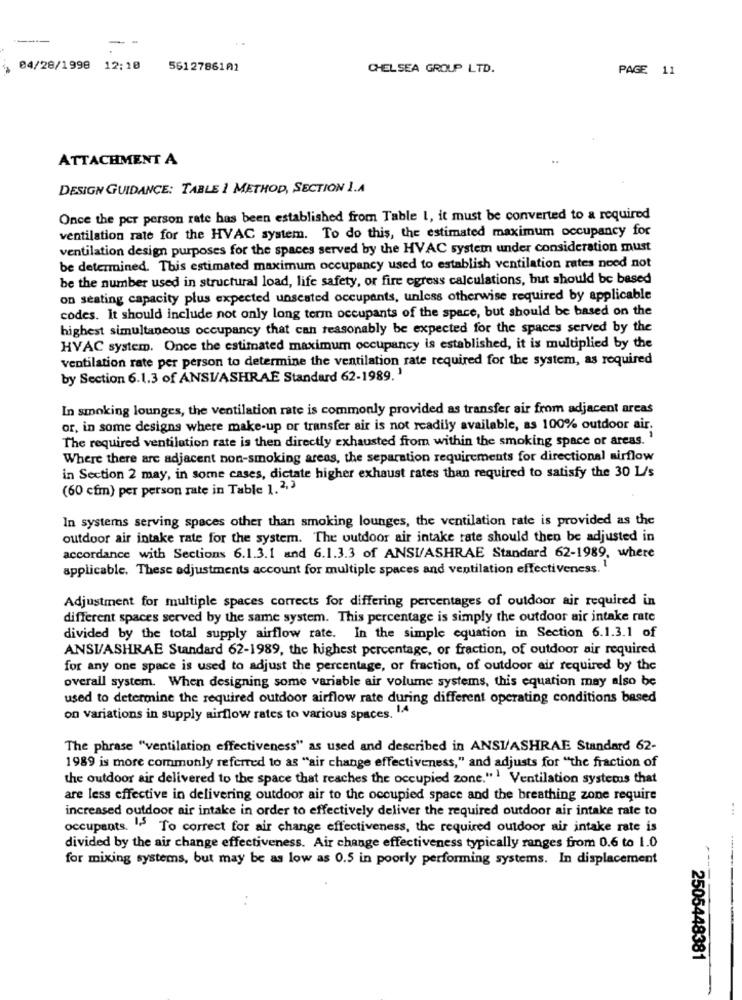
--
04/28/1998
12:10
561 2786102
CHELSEA GROUP LTD.
PAGE 11
ATTACHMENT A
DESIGN GUIDANCE: TABLE 1 METHOD, SECTION I.A
Once the per person rate has been established from Table 1, it must be converted to a required
ventilation rate for the HVAC system. To do this, the estimated maximum occupancy for
ventilation design purposes for the spaces served by the HVAC system under consideration must
be determined. This estimated maximum occupancy used to establish ventilation rates need not
be the number used in structural load, life safety, or fire egress calculations, but should be based
on seating capacity plus expected unseated occupants, unless otherwise required by applicable
codes. It should include not only long term occupants of the space, but should be based on the
highest simultaneous occupancy that can reasonably be expected for the spaces served by the
HVAC system. Once the estimated maximum occupancy is established, it is multiplied by the
ventilation rate per person to determine the ventilation rate required for the system, as required
by Section 6.1.3 of ANSIASHRAE Standard 62-1989. '
In smoking lounges, the ventilation rate is commonly provided as transfer air from adjacent areas
or, in some designs where make-up or transfer air is not readily available, as 100% outdoor air.
The required ventilation rate is then directly exhausted from within the smoking space or areas.'
Where there are adjacent non-smoking areas, the separation requirements for directional airflow
in Section 2 may, in some cases, dictate higher exhaust rates than required to satisfy the 30 L/s
(60 cfm) per person rate in Table 1.2,3
In systems serving spaces other than smoking lounges, the ventilation rate is provided as the
outdoor air intake rate for the system. The outdoor air intake tate should then be adjusted in
accordance with Sections 6.1.3.1 and 6.1.3.3 of ANSUASHRAE Standard 62-1989, where
applicable. These adjustments account for multiple spaces and ventilation effectiveness."
Adjustment for multiple spaces corrects for differing percentages of outdoor air required in
different spaces served by the same system. This percentage is simply the outdoor air intake rate
divided by the total supply airflow rate. In the simple equation in Section 6.1.3.1 of
ANSUASHRAE Standard 62-1989, the highest percentage, or fraction, of outdoor air required
for any one space is used to adjust the percentage, or fraction, of outdoor air required by the
overall system. When designing some variable air volume systems, this equation may also be
used to determine the required outdoor airflow rate during different operating conditions based
on variations in supply airflow rates to various spaces. 1.4
The phrase "ventilation effectiveness" as used and described in ANSI/ASHRAE Standard 62-
1989 is more commonly referred to as "air change effectiveness," and adjusts for "the fraction of
the outdoor air delivered to the space that reaches the occupied zone." Ventilation systemas that
are less effective in delivering outdoor air to the occupied space and the breathing zone require
increased outdoor air intake in order to effectively deliver the required outdoor air intake rate to
...
occupants. " To correct for air change effectiveness, the required outdoor air intake rate is
divided by the air change effectiveness. Air change effectiveness typically ranges from 0.6 to 1.0
for mixing systems, but may be as low as 0.5 in poorly performing systems. In displacement
2505448381